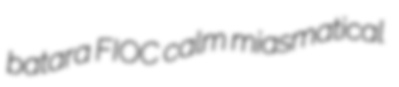
batara FIOC calm miasmatical